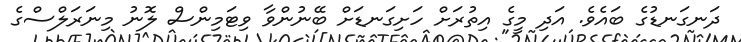
ދަނގަނޑުގެ ބައެވެ. އަދި މީގެ އިތުރަށް ހަށިގަނޑަށް ބޭނުންވާ ވިޓަމިންސް ލޮނު މިނަރަލްސްގެ